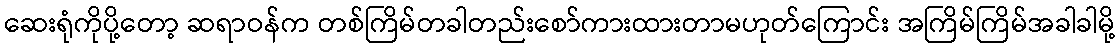
ဆေးရုံကိုပို့တော့ ဆရာဝန်က တစ်ကြိမ်တခါတည်းစော်ကားထားတာမဟုတ်ကြောင်း အကြိမ်ကြိမ်အခါခါမို့